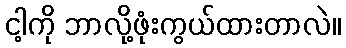
ငါ့ကို ဘာလို့ဖုံးကွယ်ထားတာလဲ။